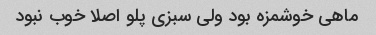
ماهی خوشمزه بود ولی سبزی پلو اصلا خوب نبود